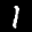
Label: 1